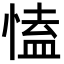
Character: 㥺